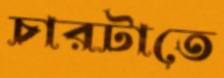
চারটাতে